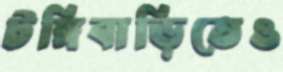
টঙ্গিবাড়িতেও